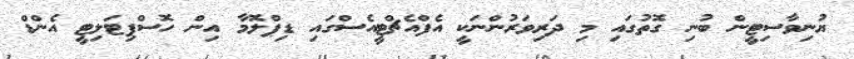
ޔުނިވާސިޓީން ބުނި ގޮތުގައި މި ދަރިވަރުންނަކީ އެފްއެޗްޓީއެސްގައި ޑިޕްލޮމާ އިން ހޮސްޕިޓަލިޓީ އެންޑް